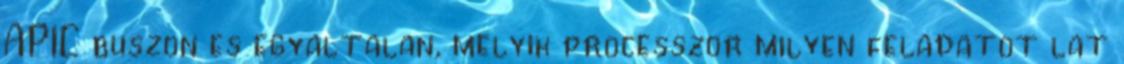
APIC buszon es egyaltalan, melyik processzor milyen feladatot lat